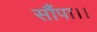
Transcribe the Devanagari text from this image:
सौंपा।।